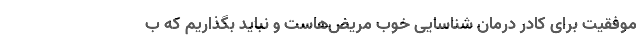
موفقیت برای کادر درمان شناسایی خوب مریض‌هاست و نباید بگذاریم که ب